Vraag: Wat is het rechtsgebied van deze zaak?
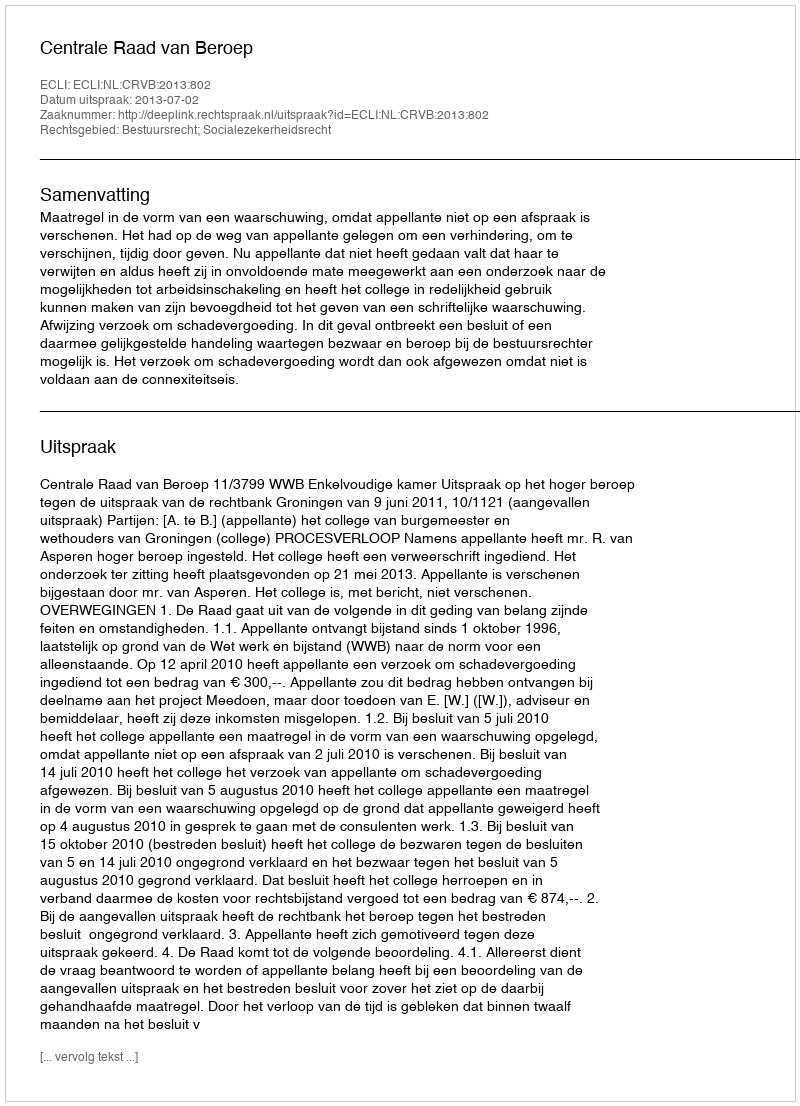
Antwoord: Bestuursrecht; Socialezekerheidsrecht